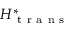
H _ { \mathrm { ~ t ~ r ~ a ~ n ~ s ~ } } ^ { * }